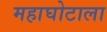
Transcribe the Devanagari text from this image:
महाघोटाला